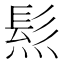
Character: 𤌩